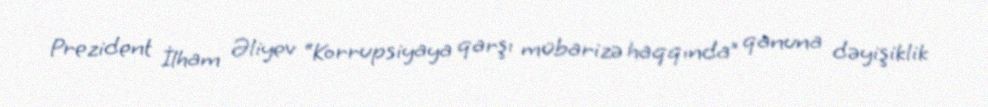
Prezident İlham Əliyev “Korrupsiyaya qarşı mübarizə haqqında” qanuna dəyişiklik